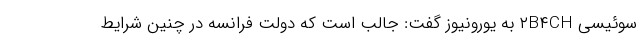
سوئیسی ۲B۴CH به یورونیوز گفت: جالب است که دولت فرانسه در چنین شرایط